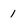
Character: 1